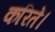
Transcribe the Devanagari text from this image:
करितें।